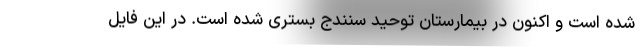
شده است و اکنون در بیمارستان توحید سنندج بستری شده است. در این فایل